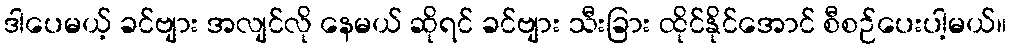
ဒါပေမယ့် ခင်ဗျား အလျင်လို နေမယ် ဆိုရင် ခင်ဗျား သီးခြား ထိုင်နိုင်အောင် စီစဉ်ပေးပါ့မယ်။